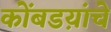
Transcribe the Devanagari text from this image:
कोंबडय़ांचे